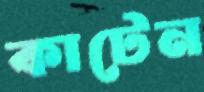
কাটেন